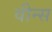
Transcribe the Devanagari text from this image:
वीन्स